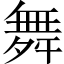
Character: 舞